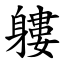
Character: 軁